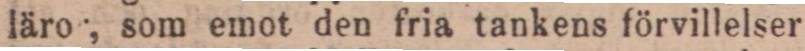
läro, som emot den fria tankens förvillelser